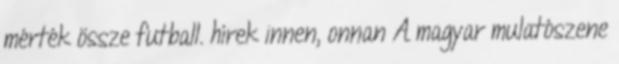
mérték össze futball. hírek innen, onnan A magyar mulatószene